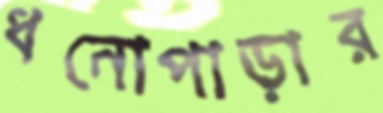
ধনোপাড়ার